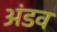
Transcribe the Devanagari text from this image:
अंडव